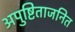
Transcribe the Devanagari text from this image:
अपुष्टिताजनित